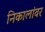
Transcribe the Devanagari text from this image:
निकालांवर